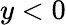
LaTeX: y<0